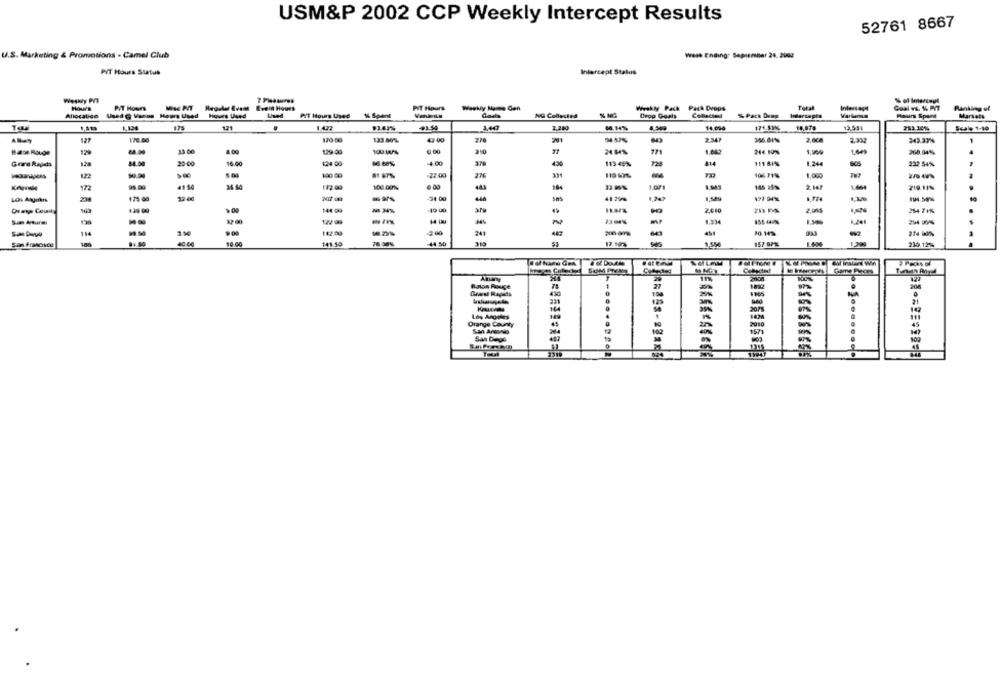
USM&P 2002 CCP Weekly Intercept Results
52761 8667
U.S. Marketing & Promotions - Camel Club
wess Ending: Sepsember 24, 2002
PVT Hours Status
Intercept Stalus
Weekly PVT
PVT Hours
Event Hours
PIT Hours
Weekly Numme Gen
Weekly Pack Pach Drops
Goal vs. 1. PIT
Ranking el
Allocation
Used G Vanne Hours Used
Hoves Used
PIT Hours Used
%% Spent
NG Collected
Deog Goals
Conlecion
% Pack Dump
Markets
171
9363%
14,000
171 51%
14,976
13.591
353.30%%
Scale 1-10
127
172.00
120.00
3457%
2.347
2. 60a
343.33%
84.00
33 00
129:00
@ 00
24 64%
771
244. 100%
268.04%%
4
Gore Rapds
1.28
20 00
16.00
124 00
4.00
379
113-45%
814
111 81%
1.244
232 54%
122
-22.00
119 50%
106.71%
1.000
172
94.00
41.14
112.09
100.00%
443
1.043
2.143
-34 00
446
10
1.00
144 99
2010
284 7 1%%
17 00
122 00
1.334
114
99:50
182.00
-2 00
241
482
16. 00
141.59
76.00%
44 50
1,554
157 07%
230.12%
27
1892
204
21
.
Los Angeles
Orange County
45
2010
74
-